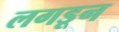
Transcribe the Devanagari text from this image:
लगडून